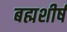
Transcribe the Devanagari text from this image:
बह्मशीर्ष